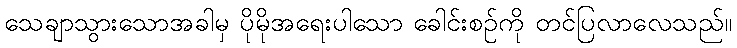
သေချာသွားသောအခါမှ ပိုမိုအရေးပါသော ခေါင်းစဉ်ကို တင်ပြလာလေသည်။